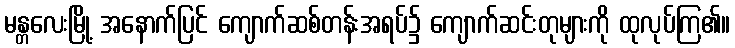
မန္တလေးမြို့ အနောက်ပြင် ကျောက်ဆစ်တန်းအရပ်၌ ကျောက်ဆင်းတုများကို ထုလုပ်ကြ၏။